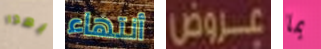
بهذا أنتهاء عروض بما